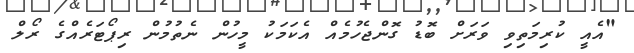
"އެއީ ކުރިމަތިވި ވަރަށް ބޮޑު ގޮންޖެހުމެއް އެކަމަކު މީހުން ނެތުމުން ރިޕޯޓަރެއްގެ ރޯލް